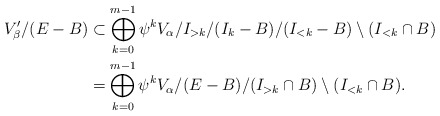
\begin{align*} V_{\beta}' / (E-B) &\subset \bigoplus_{k=0}^{m-1} \psi^k V_{\alpha} / I_{>k} / (I_k -B) / (I_{<k} - B) \setminus (I_{<k} \cap B) \\&= \bigoplus_{k=0}^{m-1} \psi^k V_{\alpha} / (E -B) / (I_{>k} \cap B) \setminus(I_{<k}\cap B).\end{align*}